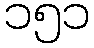
၁၅၁